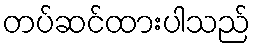
တပ်ဆင်ထားပါသည်